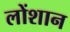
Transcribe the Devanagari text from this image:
लोंशान